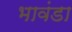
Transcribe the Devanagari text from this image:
भावंडा